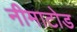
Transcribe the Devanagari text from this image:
नीमाटोड